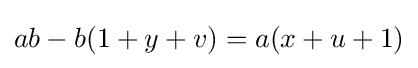
ab-b(1+y+v)=a(x+u+1)